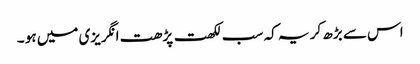
اس سے بڑھ کر یہ کہ سب لکھت پڑھت انگریزی میں ہو ۔